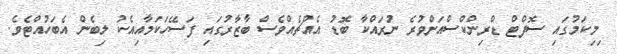
ިމިކަމުގައި ސޮފްޓް ޑްރިންކްސްއަށްވުރެ ނުރައްކާ ބޮޑު އެއްޗެއްވެސް ބާޒާރުގައި ފަސޭހަކަމާއިއެކު ލިބެން އެބަހުއްޓެވެ.